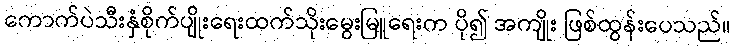
ကောက်ပဲသီးနှံစိုက်ပျိုးရေးထက်သိုးမွေးမြူရေးက ပို၍ အကျိုး ဖြစ်ထွန်းပေသည်။